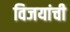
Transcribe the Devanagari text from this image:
विजयांची